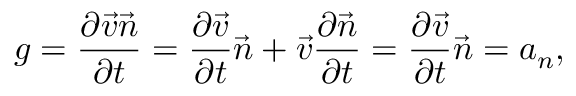
g = \frac { \partial \vec { v } \vec { n } } { \partial t } = \frac { \partial \vec { v } } { \partial t } \vec { n } + \vec { v } \frac { \partial \vec { n } } { \partial t } = \frac { \partial \vec { v } } { \partial t } \vec { n } = a _ { n } ,